Civil Veterinary Department. United Provinces 1912-22 - 1912-1922
Year: 1912
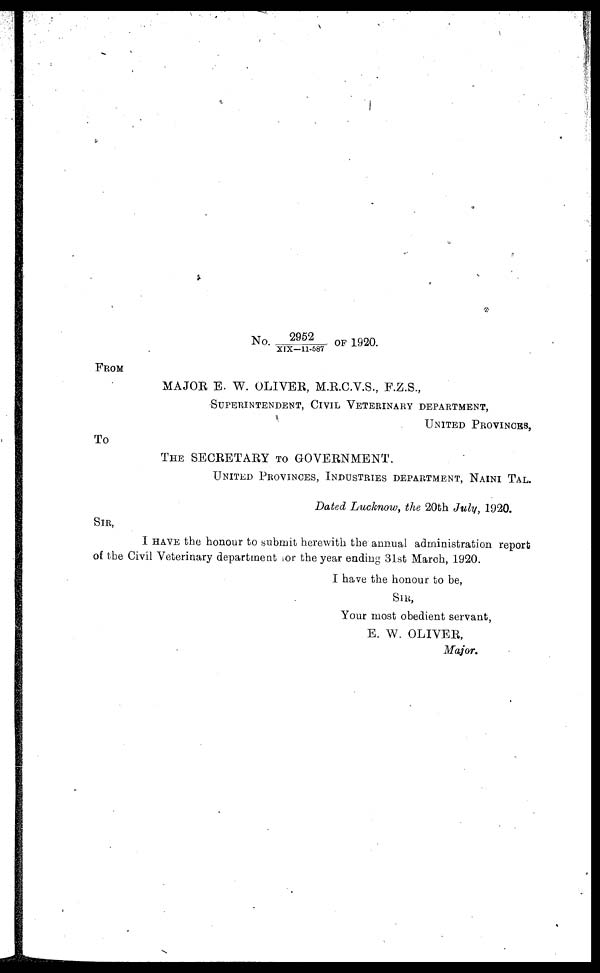
No. 2952/XIX—11-587 OF 1920.
FROM
MAJOR E. W. OLIVER, M.R.C.V.S., F.Z.S.,
SUPERINTENDENT, CIVIL VETERINARY DEPARTMENT,
UNITED PROVINSES,
To
THE SECRETARY TO GOVERNMENT.
UNITED PROVINCES, INDUSTRIES DEPARTMENT, NAINI TAL.
Dated Lucknow, the 20th July, 1920.
SIR,
I HAVE the honour to submit herewith the annual administration report
of the Civil Veterinary department for the year ending 31st March, 1920.
I have the honour to be,
SIR,
Your most obedient servant,
E. W. OLIVER,
Major.